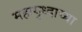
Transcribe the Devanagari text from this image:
महायुध्दाच्या